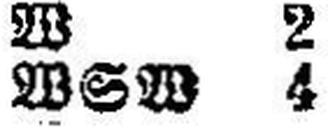
WSW 4